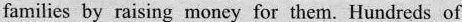
families by raising money for them. Hundreds of